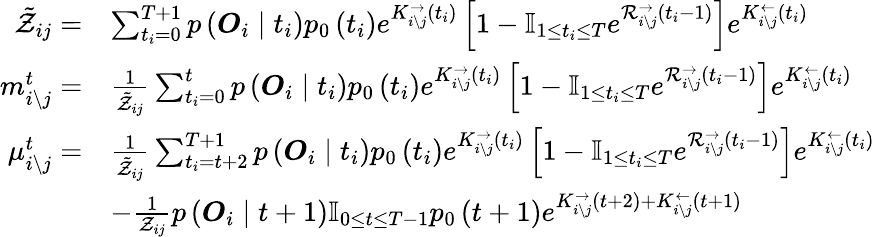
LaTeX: \begin{array}{rl}{\tilde{\mathcal{Z}}_{ij}=}&{\sum_{t_{i}=0}^{T+1}p\left(\boldsymbol{O}_{i}\mid t_{i}\right)p_{0}\left(t_{i}\right)e^{K_{i\backslash j}^{\rightarrow}\left(t_{i}\right)}\left[1-\mathbb{I}_{1\leq t_{i}\leq T}e^{\mathcal{R}_{i\backslash j}^{\rightarrow}\left(t_{i}-1\right)}\right]e^{K_{i\backslash j}^{\leftarrow}\left(t_{i}\right)}}\\ {m_{i\backslash j}^{t}=}&{\frac{1}{\tilde{\mathcal{Z}}_{ij}}\sum_{t_{i}=0}^{t}p\left(\boldsymbol{O}_{i}\mid t_{i}\right)p_{0}\left(t_{i}\right)e^{K_{i\backslash j}^{\rightarrow}\left(t_{i}\right)}\left[1-\mathbb{I}_{1\leq t_{i}\leq T}e^{\mathcal{R}_{i\backslash j}^{\rightarrow}\left(t_{i}-1\right)}\right]e^{K_{i\backslash j}^{\leftarrow}\left(t_{i}\right)}}\\ {\mu_{i\backslash j}^{t}=}&{\frac{1}{\tilde{\mathcal{Z}}_{ij}}\sum_{t_{i}=t+2}^{T+1}p\left(\boldsymbol{O}_{i}\mid t_{i}\right)p_{0}\left(t_{i}\right)e^{K_{i\backslash j}^{\rightarrow}\left(t_{i}\right)}\left[1-\mathbb{I}_{1\leq t_{i}\leq T}e^{\mathcal{R}_{i\backslash j}^{\rightarrow}\left(t_{i}-1\right)}\right]e^{K_{i\backslash j}^{\leftarrow}\left(t_{i}\right)}}\\ &{-\frac{1}{\mathcal{Z}_{ij}}p\left(\boldsymbol{O}_{i}\mid t+1\right)\mathbb{I}_{0\leq t\leq T-1}p_{0}\left(t+1\right)e^{K_{i\backslash j}^{\rightarrow}\left(t+2\right)+K_{i\backslash j}^{\leftarrow}\left(t+1\right)}}\end{array}